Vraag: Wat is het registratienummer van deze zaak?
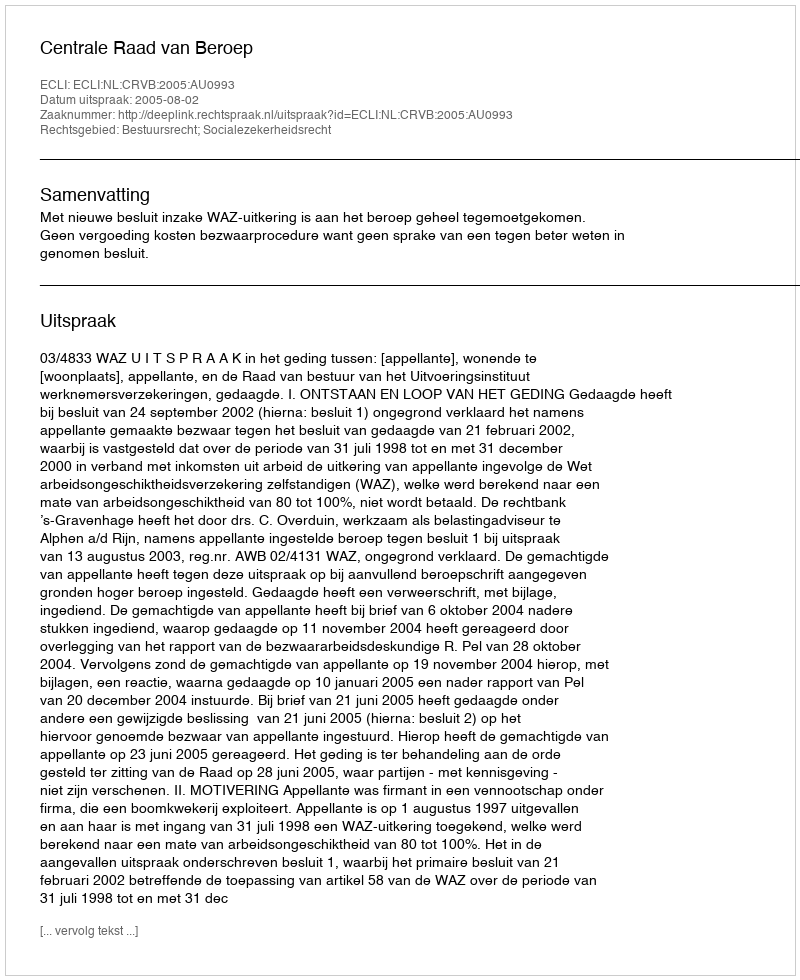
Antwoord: http://deeplink.rechtspraak.nl/uitspraak?id=ECLI:NL:CRVB:2005:AU0993